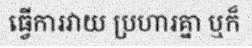
ធ្វើការវាយ ប្រហារគ្នា ឬក៏